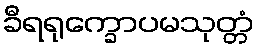
ခီရရုက္ခောပမသုတ္တံ